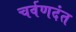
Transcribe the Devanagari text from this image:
चर्वणदंत